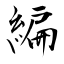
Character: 編